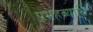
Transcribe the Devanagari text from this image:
प्रमेहव्याधि